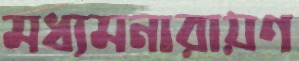
মধ্যমনারায়ণ